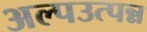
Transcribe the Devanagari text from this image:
अल्पउत्पन्न